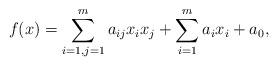
LaTeX: \begin{align*}f(x)=\sum_{i=1,j=1}^{m} a_{ij}x_i x_j + \sum_{i=1}^{m} a_i x_i +a_0,\end{align*}